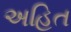
અહિત